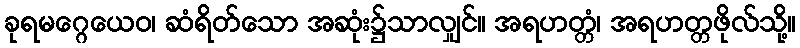
ခုရမဂ္ဂေယေဝ၊ ဆံရိတ်သော အဆုံး၌သာလျှင်။ အရဟတ္တံ၊ အရဟတ္တဖိုလ်သို့။